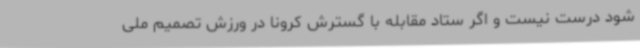
شود درست نیست و اگر ستاد مقابله با گسترش کرونا در ورزش تصمیم ملی